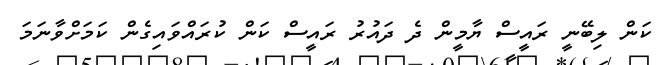
ކަން ލިބޭނީ ރައީސް ޔާމީން ދެ ދައުރު ރައީސް ކަން ކުރައްވައިގެން ކަމަށްވާނަމަ